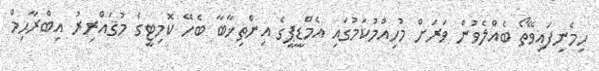
ހިމެނިފައިވޭތޯ ބެއްލެވުން ވަރަށް މުހިއްމުކަމުގައި އެމްޑީޕީގެ އިންތިޚާބާ ބެހޭ ކޮމިޓީގެ މުޤައްރިރު އިބްރާޙިމް